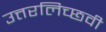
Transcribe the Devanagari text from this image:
उत्तरलिच्छवी